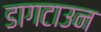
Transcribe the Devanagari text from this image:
डागटाउन